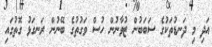
އަދި މި ދަނޑުތަކުގެ ސަބަބުން ޒުވާނުން ހުސް ވަގުތުގެ ބޭނުން ރަނގަޅު ގޮތުގައި